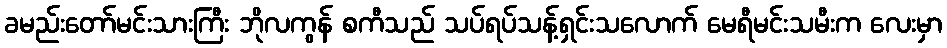
ခမည်းတော်မင်းသားကြီး ဘိုလကွန် စကီသည် သပ်ရပ်သန့်ရှင်းသလောက် မေရီမင်းသမီးက လေးမှာ